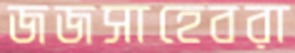
জজসাহেবরা